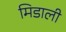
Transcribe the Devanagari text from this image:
मिडाली